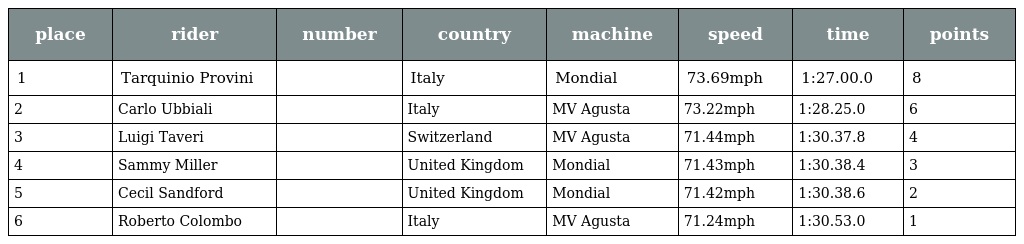
| place | rider | number | country | machine | speed | time | points |
 | --- | --- | --- | --- | --- | --- | --- | --- |
 | 1 | Tarquinio Provini |  | Italy | Mondial | 73.69mph | 1:27.00.0 | 8 |
 | 2 | Carlo Ubbiali |  | Italy | MV Agusta | 73.22mph | 1:28.25.0 | 6 |
 | 3 | Luigi Taveri |  | Switzerland | MV Agusta | 71.44mph | 1:30.37.8 | 4 |
 | 4 | Sammy Miller |  | United Kingdom | Mondial | 71.43mph | 1:30.38.4 | 3 |
 | 5 | Cecil Sandford |  | United Kingdom | Mondial | 71.42mph | 1:30.38.6 | 2 |
 | 6 | Roberto Colombo |  | Italy | MV Agusta | 71.24mph | 1:30.53.0 | 1 |